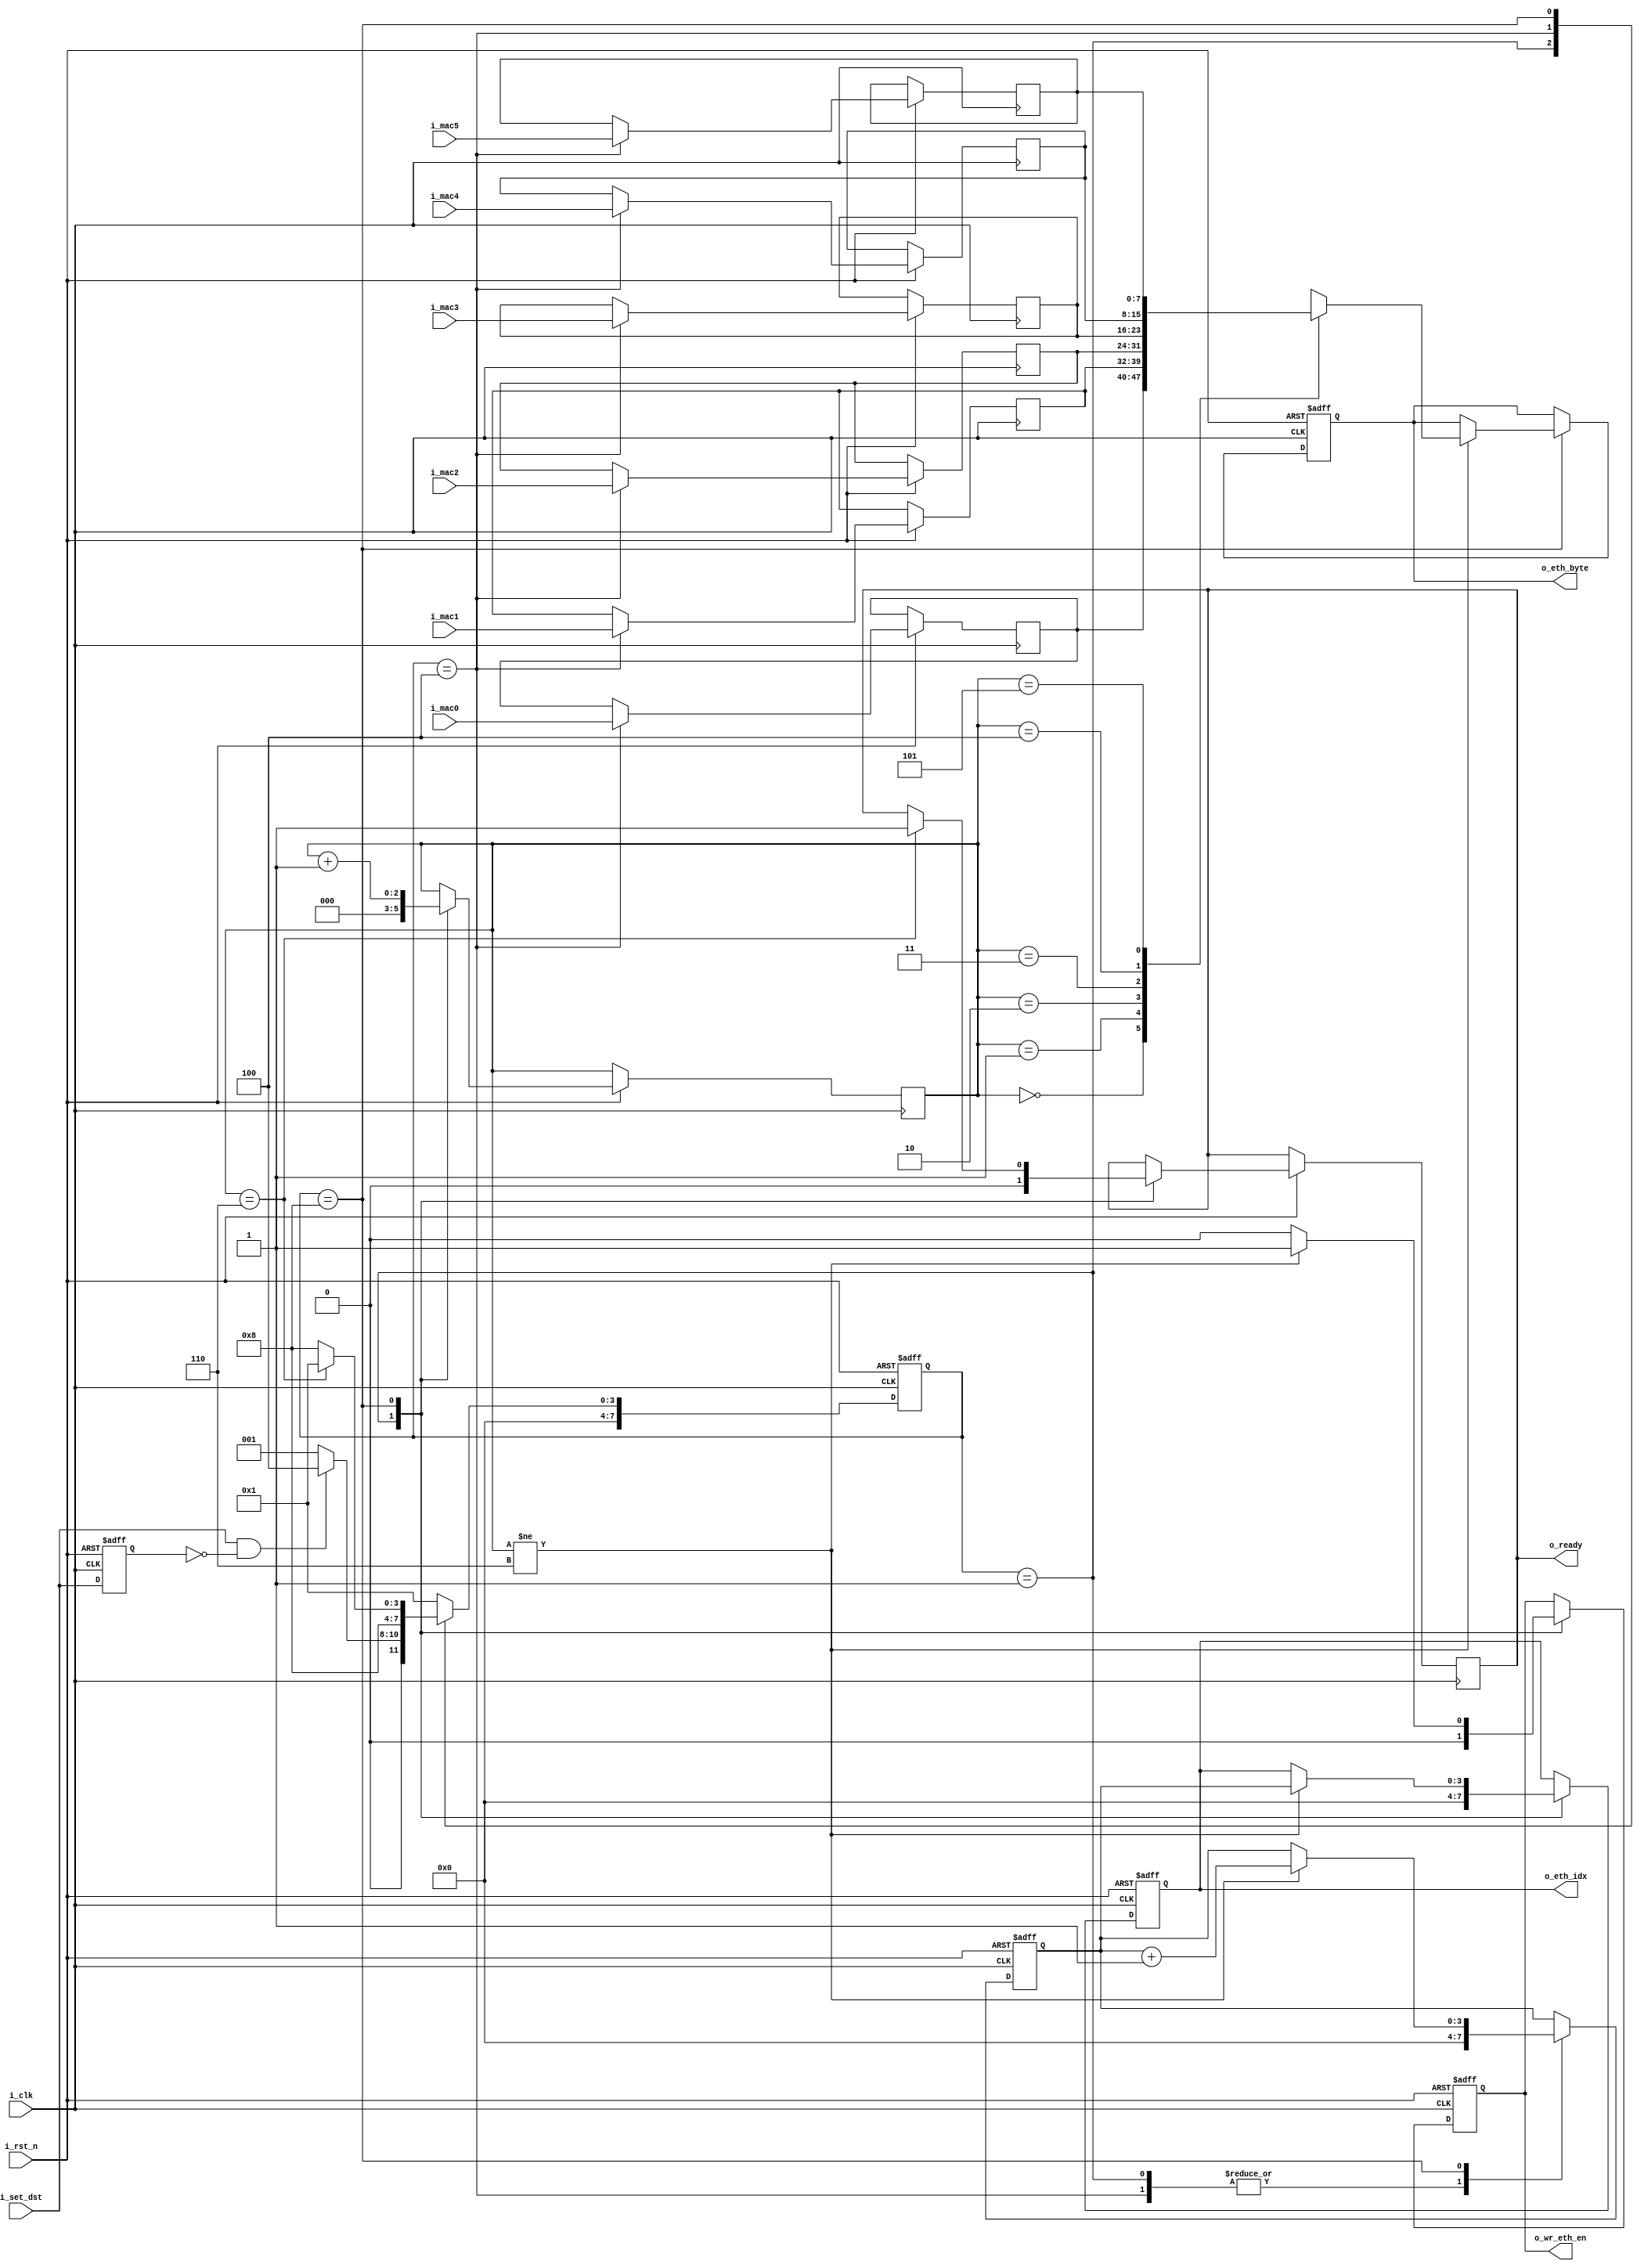
module eth
(
	input i_clk,i_rst_n,
	input [7:0] i_mac0,i_mac1,i_mac2,i_mac3,i_mac4,i_mac5,
	input i_set_dst,					// 0:none	1:set src mac, 2:set dst mac
	output [3:0] o_eth_idx,				// connect with header buffer's addr,start with 0
	output [7:0] o_eth_byte,			// write this byte to the header's offset given by o_eth_idx when o_wr_eth_en is 1
	output o_wr_eth_en,
	output o_ready
);
	localparam DSTMAC_OFFSET = 4'd0;

	localparam ST_IDEL = 8'd1;
	localparam ST_SET_SRCMAC = 8'd2;
	localparam ST_SET_DSTMAC = 8'd4;
	localparam ST_END = 8'd8;

	reg [7:0] state,state_next;
	reg [7:0] mac[0:5];
	reg [2:0] ending_cnt;
	reg [3:0] eth_idx,next_eth_idx;	
	reg [7:0] eth_byte;
	reg wr_eth_en,ready,set_dst;
	
	assign o_eth_idx = eth_idx;
	assign o_eth_byte = eth_byte;
	assign o_wr_eth_en = wr_eth_en;
	assign o_ready = ready;
	
	always@(posedge i_clk or negedge i_rst_n)
	if(!i_rst_n)
	begin
		state <= ST_IDEL;
		set_dst <= 0;
	end
	else
	begin
		state <= state_next;
		set_dst <= i_set_dst;
	end
	
	always@(*)
	begin
		case(state)
		ST_IDEL:
		if(i_set_dst & !set_dst)
				state_next = ST_SET_DSTMAC;
			else
				state_next = ST_IDEL;
		ST_SET_DSTMAC:
			state_next = ST_END;
		ST_END:
			if(ending_cnt == 3'd6)
				state_next = ST_IDEL;
			else
				state_next = ST_END;
		default:
			state_next = ST_IDEL;
		endcase
	end
	
	always@(posedge i_clk or negedge i_rst_n)
	if(!i_rst_n)
	begin
		next_eth_idx <= 0;	
		eth_byte <= 0;
		wr_eth_en <= 0;
		eth_idx <= 0;
	end
	else
	begin
		case(state)
		ST_IDEL:
		begin
			ending_cnt <= 0;
			wr_eth_en <= 0;
			ready <= 0;
			next_eth_idx <= 0;
			eth_idx <= 0;
		end
		ST_SET_DSTMAC:
		begin
			{mac[0],mac[1],mac[2],mac[3],mac[4],mac[5]} <= {i_mac0,i_mac1,i_mac2,i_mac3,i_mac4,i_mac5};
			next_eth_idx <= DSTMAC_OFFSET;
		end
		ST_END:
		begin
			ending_cnt <= ending_cnt + 1'd1;
			
			if(ending_cnt != 3'd6)
				wr_eth_en <= 1'd1;
			else
				wr_eth_en <= 0;	
				
			if(ending_cnt != 3'd6)
			begin
				eth_byte <= mac[ending_cnt];
				next_eth_idx <= next_eth_idx + 1'd1;
				eth_idx <= next_eth_idx;
			end
			
			if(ending_cnt == 3'd6)
				ready <= 1'd1;
		end
		endcase
	end
	
endmodule